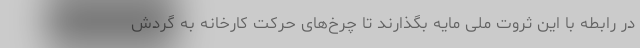
در رابطه با این ثروت ملی مایه بگذارند تا چرخ‌های حرکت کارخانه به گردش